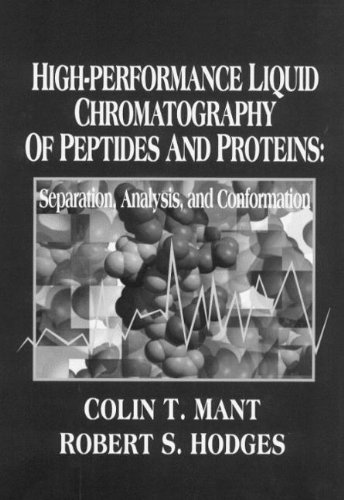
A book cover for High-Performance Liquid Chromatography of Peptides and Proteins: Separation, Analysis, and Conformation; Science & Math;